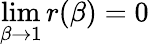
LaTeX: \operatorname*{lim}_{\beta\to 1}r(\beta)=0